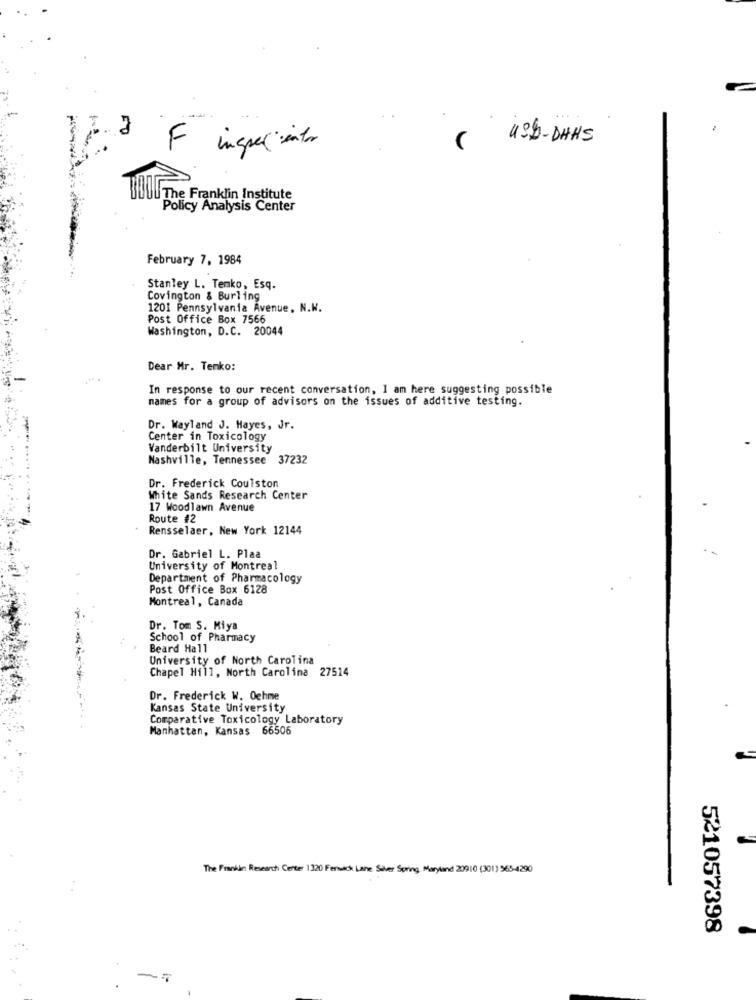
( usb - DHHS
F
The Franklin Institute
Policy Analysis Center
February 7, 1984
Stanley L. Tenko, Esq.
Covington & Burling
1201 Pennsylvania Avenue, N.W.
Post Office Box 7566
Washington, D.C. 20044
Dear Mr. Tenko:
In response to our recent conversation, I am here suggesting possible
names for a group of advisors on the issues of additive testing.
Dr. Wayland J. Hayes, Jr.
Center in Toxicology
Vanderbilt University
Nashville, Tennessee 37232
Dr. Frederick Coulston
White Sands Research Center
17 Woodlawn Avenue
Route #2
Rensselaer, New York 12144
Dr. Gabriel L. Plaa
University of Montreal
Department of Pharmacology
Post Office Box 6128
Montreal, Canada
Dr. Tom S. Miya
School of Pharmacy
Beard Hall
University of North Carolina
Chapel Hill, North Carolina 27514
Dr. Frederick W. Oehme
Kansas State University
Comparative Toxicology Laboratory
Manhattan, Kansas 66506
The Frankie Research Center 1320 Ferich Lane Silver Spring, Maryland 20910 (301) 965-4290
521057398